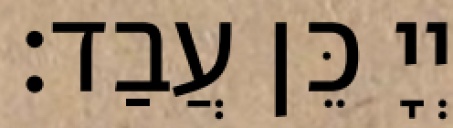
יְיָ כֵּן עֲבַד׃